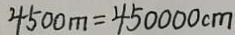
4 5 0 0 m = 4 5 0 0 0 0 c m